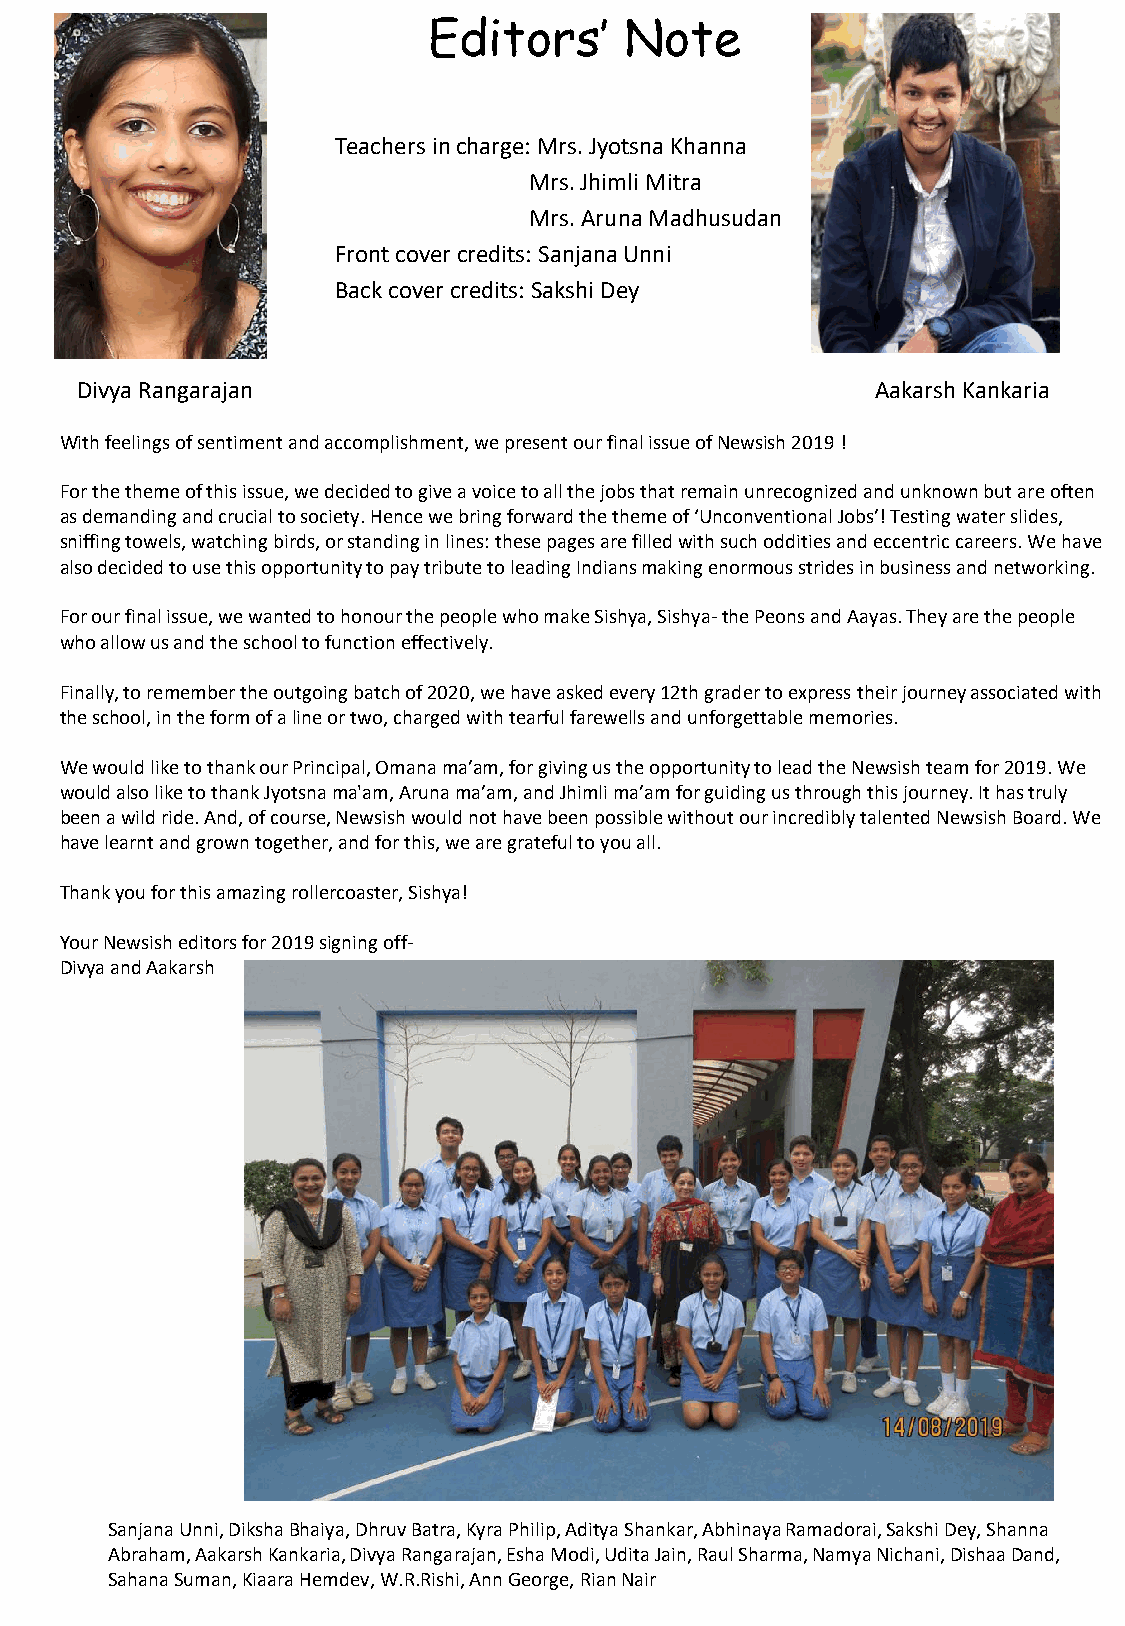
Editors’     Note
 Teachers in charge: Mrs. Jyotsna Khanna
 Mrs. Jhimli Mitra
 Mrs. Aruna Madhusudan
 Front cover credits: Sanjana Unni
 Back cover credits: Sakshi Dey
 Divya Rangarajan                                     Aakarsh Kankaria
 With feelings of sentiment and accomplishment, we present our final issue of Newsish 2019 !
 For the theme of this issue, we decided to give a voice to all the jobs that remain unrecognized and unknown but are often
 as demanding and crucial to society. Hence we bring forward the theme of ‘Unconventional Jobs’! Testing water slides,
 sniffing towels, watching birds, or standing in lines: these pages are filled with such oddities and eccentric careers. We have
 also decided to use this opportunity to pay tribute to leading Indians making enormous strides in business and networking.
 For our final issue, we wanted to honour the people who make Sishya, Sishya-the Peons and Aayas. They are the people
 who allow us and the school to function effectively.
 Finally, to remember the outgoing batch of 2020, we have asked every 12th grader to express their journey associated with
 the school, in the form of a line or two, charged with tearful farewells and unforgettable memories.
 We would like to thank our Principal, Omana ma’am, for giving us the opportunity to lead the Newsish team for 2019. We
 would also like to thank Jyotsna ma'am, Aruna ma’am, and Jhimli ma’am for guiding us through this journey. It has truly
 been a wild ride. And, of course, Newsish would not have been possible without our incredibly talented Newsish Board. We
 have learnt and grown together, and for this, we are grateful to you all.
 Thank you for this amazing rollercoaster, Sishya!
 Your Newsish editors for 2019 signing off-
 Divya and Aakarsh
 Sanjana Unni, Diksha Bhaiya, Dhruv Batra, Kyra Philip, Aditya Shankar, Abhinaya Ramadorai, Sakshi Dey, Shanna
 Abraham, AakarshKankaria, Divya Rangarajan, Esha Modi, Udita Jain, Raul Sharma, NamyaNichani, DishaaDand,
 SahanaSuman, KiaaraHemdev, W.R.Rishi, Ann George, Rian Nair